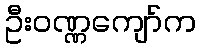
ဦးဝဏ္ဏကျော်က